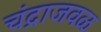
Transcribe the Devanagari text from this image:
चंद्राजवळ